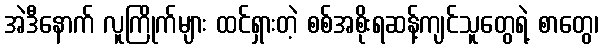
အဲဒီနောက် လူကြိုက်များ ထင်ရှားတဲ့ စစ်အစိုးရဆန့်ကျင်သူတွေရဲ့ စာတွေ၊